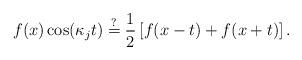
LaTeX: \begin{align*}f(x) \cos(\kappa_j t) \stackrel{?}{=} \frac{1}{2}\left[f(x-t)+f(x+t)\right].\end{align*}